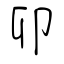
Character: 卯